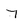
Character: 7